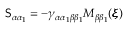
\mathsf { S } _ { \alpha \alpha _ { 1 } } = - \gamma _ { \alpha \alpha _ { 1 } \beta \beta _ { 1 } } M _ { \beta \beta _ { 1 } } ( { \pmb \xi } )